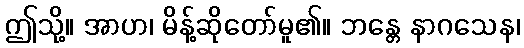
ဤသို့။ အာဟ၊ မိန့်ဆိုတော်မူ၏။ ဘန္တေ နာဂသေန၊